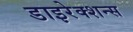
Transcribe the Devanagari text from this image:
डाइरेक्शन्स